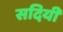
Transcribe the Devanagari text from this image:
सदियीं